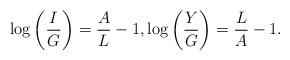
LaTeX: \begin{align*} \log\left(\frac{I}{G}\right)=\frac{A}{L}-1,\log\left(\frac{Y}{G}\right)=\frac{L}{A}-1.\end{align*}